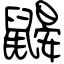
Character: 鼹